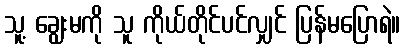
သူ့ ချွေးမကို သူ ကိုယ်တိုင်ပင်လျှင် ပြန်မပြောရဲ။